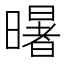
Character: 龧